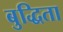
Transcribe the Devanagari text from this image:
बुद्धिता